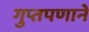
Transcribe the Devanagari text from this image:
गुप्तपणाने